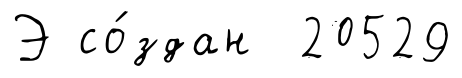
Э со́здан 20529